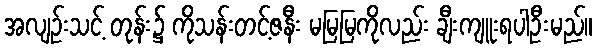
အလျဉ်းသင့် တုန်း၌ ကိုသန်းတင့်ဇနီး မမြမြကိုလည်း ချီးကျူးရပါဦးမည်။